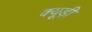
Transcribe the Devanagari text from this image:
क्यूड़ी